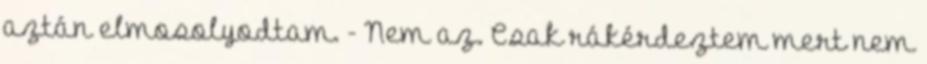
aztán elmosolyodtam. - Nem az. Csak rákérdeztem mert nem